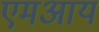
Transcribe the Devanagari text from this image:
एमआय